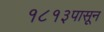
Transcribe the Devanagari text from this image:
१८१३पासून